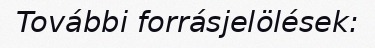
További forrásjelölések: